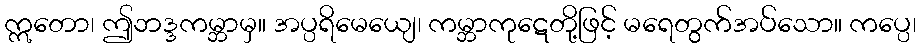
ဣတော၊ ဤဘဒ္ဒကမ္ဘာမှ။ အပ္ပရိမေယျေ၊ ကမ္ဘာကုဋေတို့ဖြင့် မရေတွက်အပ်သော။ ကပ္ပေ၊